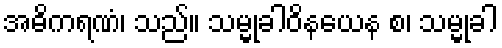
အဓိကရဏံ၊ သည်။ သမ္မုခါဝိနယေန စ၊ သမ္မုခါ